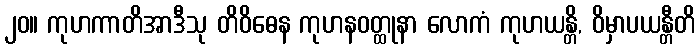
၂၀။ ကုဟကာတိအာဒီသု တိဝိဓေန ကုဟနဝတ္ထုနာ လောကံ ကုဟယန္တိ, ဝိမှာပယန္တီတိ